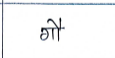
मजकूर: गौ